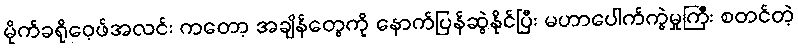
မိုက်ခရိုဝေ့ဖ်အလင်း ကတော့ အချိန်တွေကို နောက်ပြန်ဆွဲနိုင်ပြီး မဟာပေါက်ကွဲမှုကြီး စတင်တဲ့